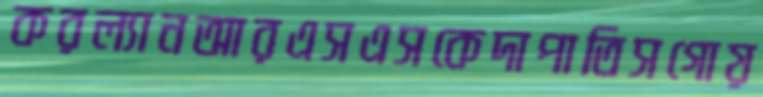
করল্যানআরএসএসকেদাপাতিসগোয়